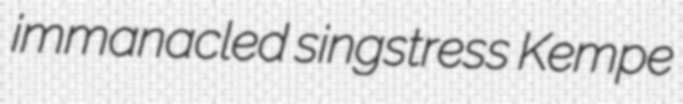
immanacled singstress Kempe